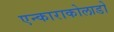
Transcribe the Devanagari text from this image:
एन्काराकोलाडो